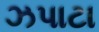
ઝપાટા